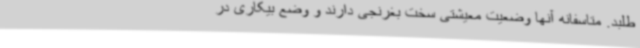
طلبد. متاسفانه آنها وضعیت معیشتی سخت بغرنجی دارند و وضع بیکاری در